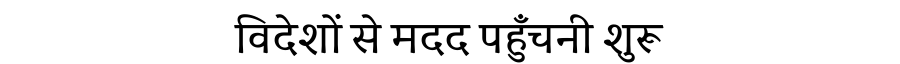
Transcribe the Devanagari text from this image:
विदेशों से मदद पहुँचनी शुरू